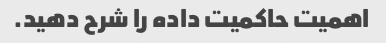
اهمیت حاکمیت داده را شرح دهید.